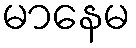
မာနေမ